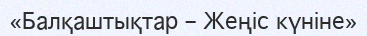
«Балқаштықтар – Жеңіс күніне»